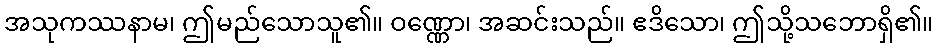
အသုကဿနာမ၊ ဤမည်သောသူ၏။ ဝဏ္ဏော၊ အဆင်းသည်။ ဧဒိသော၊ ဤသို့သဘောရှိ၏။